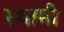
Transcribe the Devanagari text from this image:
स्थामी